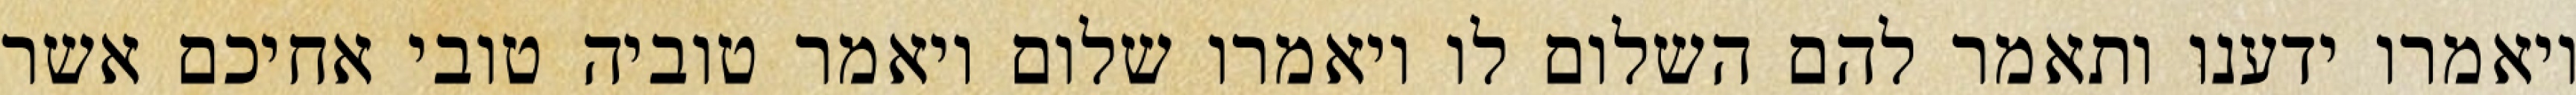
ויאמרו ידענו ותאמר להם השלום לו ויאמרו שלום ויאמר טוביה טובי אחיכם אשר